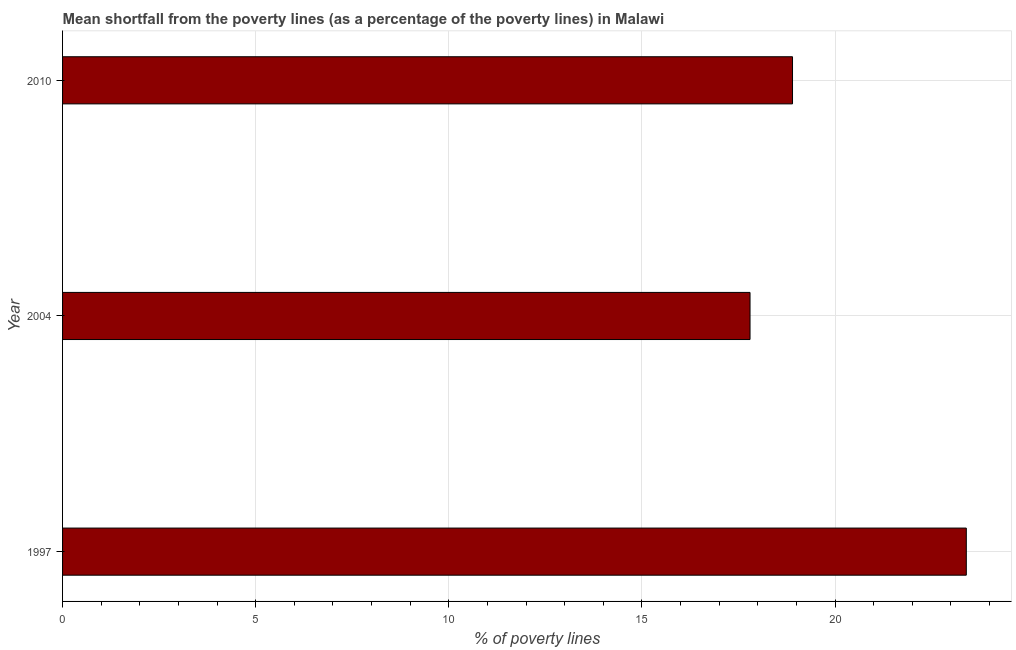
| Year | Poverty gap at national poverty lines |
 | --- | --- |
 | 1997 | 23.4 |
 | 2004 | 17.8 |
 | 2010 | 18.9 |